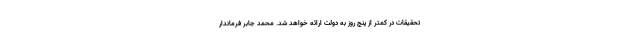
تحقیقات در کمتر از پنج روز به دولت ارائه خواهد شد. محمد جابر فرماندار